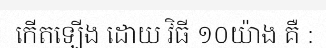
កើតឡើង ដោយ វិធី ១០យ៉ាង គឺ :